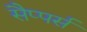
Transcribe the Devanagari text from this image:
सैप्पर्स